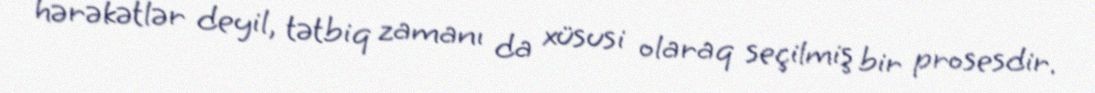
hərəkətlər deyil, tətbiq zamanı da xüsusi olaraq seçilmiş bir prosesdir.